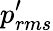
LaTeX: p_{rms}^{\prime}